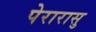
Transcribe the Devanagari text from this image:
पेरारासु